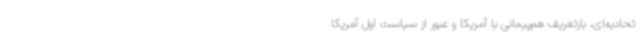
تحادیه‌ای، بازتعریف هم‌پیمانی با آمریکا و عبور از سیاست اول آمریکا